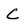
Character: c